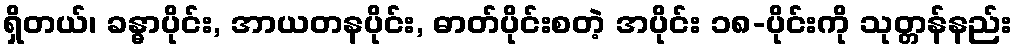
ရှိတယ်၊ ခန္ဓာပိုင်း, အာယတနပိုင်း, ဓာတ်ပိုင်းစတဲ့ အပိုင်း ၁၈-ပိုင်းကို သုတ္တန်နည်း